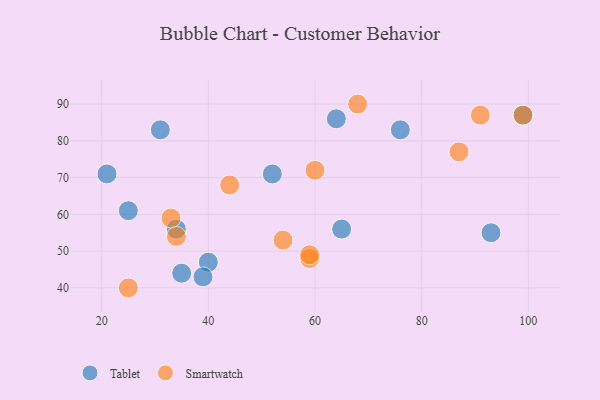
{"axis": {"x": "GDP", "y": "Life Expectancy"}, "legend": ["Smartwatch", "Tablet"], "data": [{"x": "64", "y": 86, "type": "Tablet"}, {"x": "34", "y": 56, "type": "Tablet"}, {"x": "25", "y": 61, "type": "Tablet"}, {"x": "40", "y": 47, "type": "Tablet"}, {"x": "99", "y": 87, "type": "Tablet"}, {"x": "76", "y": 83, "type": "Tablet"}, {"x": "21", "y": 71, "type": "Tablet"}, {"x": "65", "y": 56, "type": "Tablet"}, {"x": "31", "y": 83, "type": "Tablet"}, {"x": "93", "y": 55, "type": "Tablet"}, {"x": "52", "y": 71, "type": "Tablet"}, {"x": "39", "y": 43, "type": "Tablet"}, {"x": "35", "y": 44, "type": "Tablet"}, {"x": "99", "y": 87, "type": "Smartwatch"}, {"x": "54", "y": 53, "type": "Smartwatch"}, {"x": "33", "y": 59, "type": "Smartwatch"}, {"x": "59", "y": 48, "type": "Smartwatch"}, {"x": "68", "y": 90, "type": "Smartwatch"}, {"x": "87", "y": 77, "type": "Smartwatch"}, {"x": "25", "y": 40, "type": "Smartwatch"}, {"x": "60", "y": 72, "type": "Smartwatch"}, {"x": "44", "y": 68, "type": "Smartwatch"}, {"x": "59", "y": 49, "type": "Smartwatch"}, {"x": "34", "y": 54, "type": "Smartwatch"}, {"x": "91", "y": 87, "type": "Smartwatch"}]}